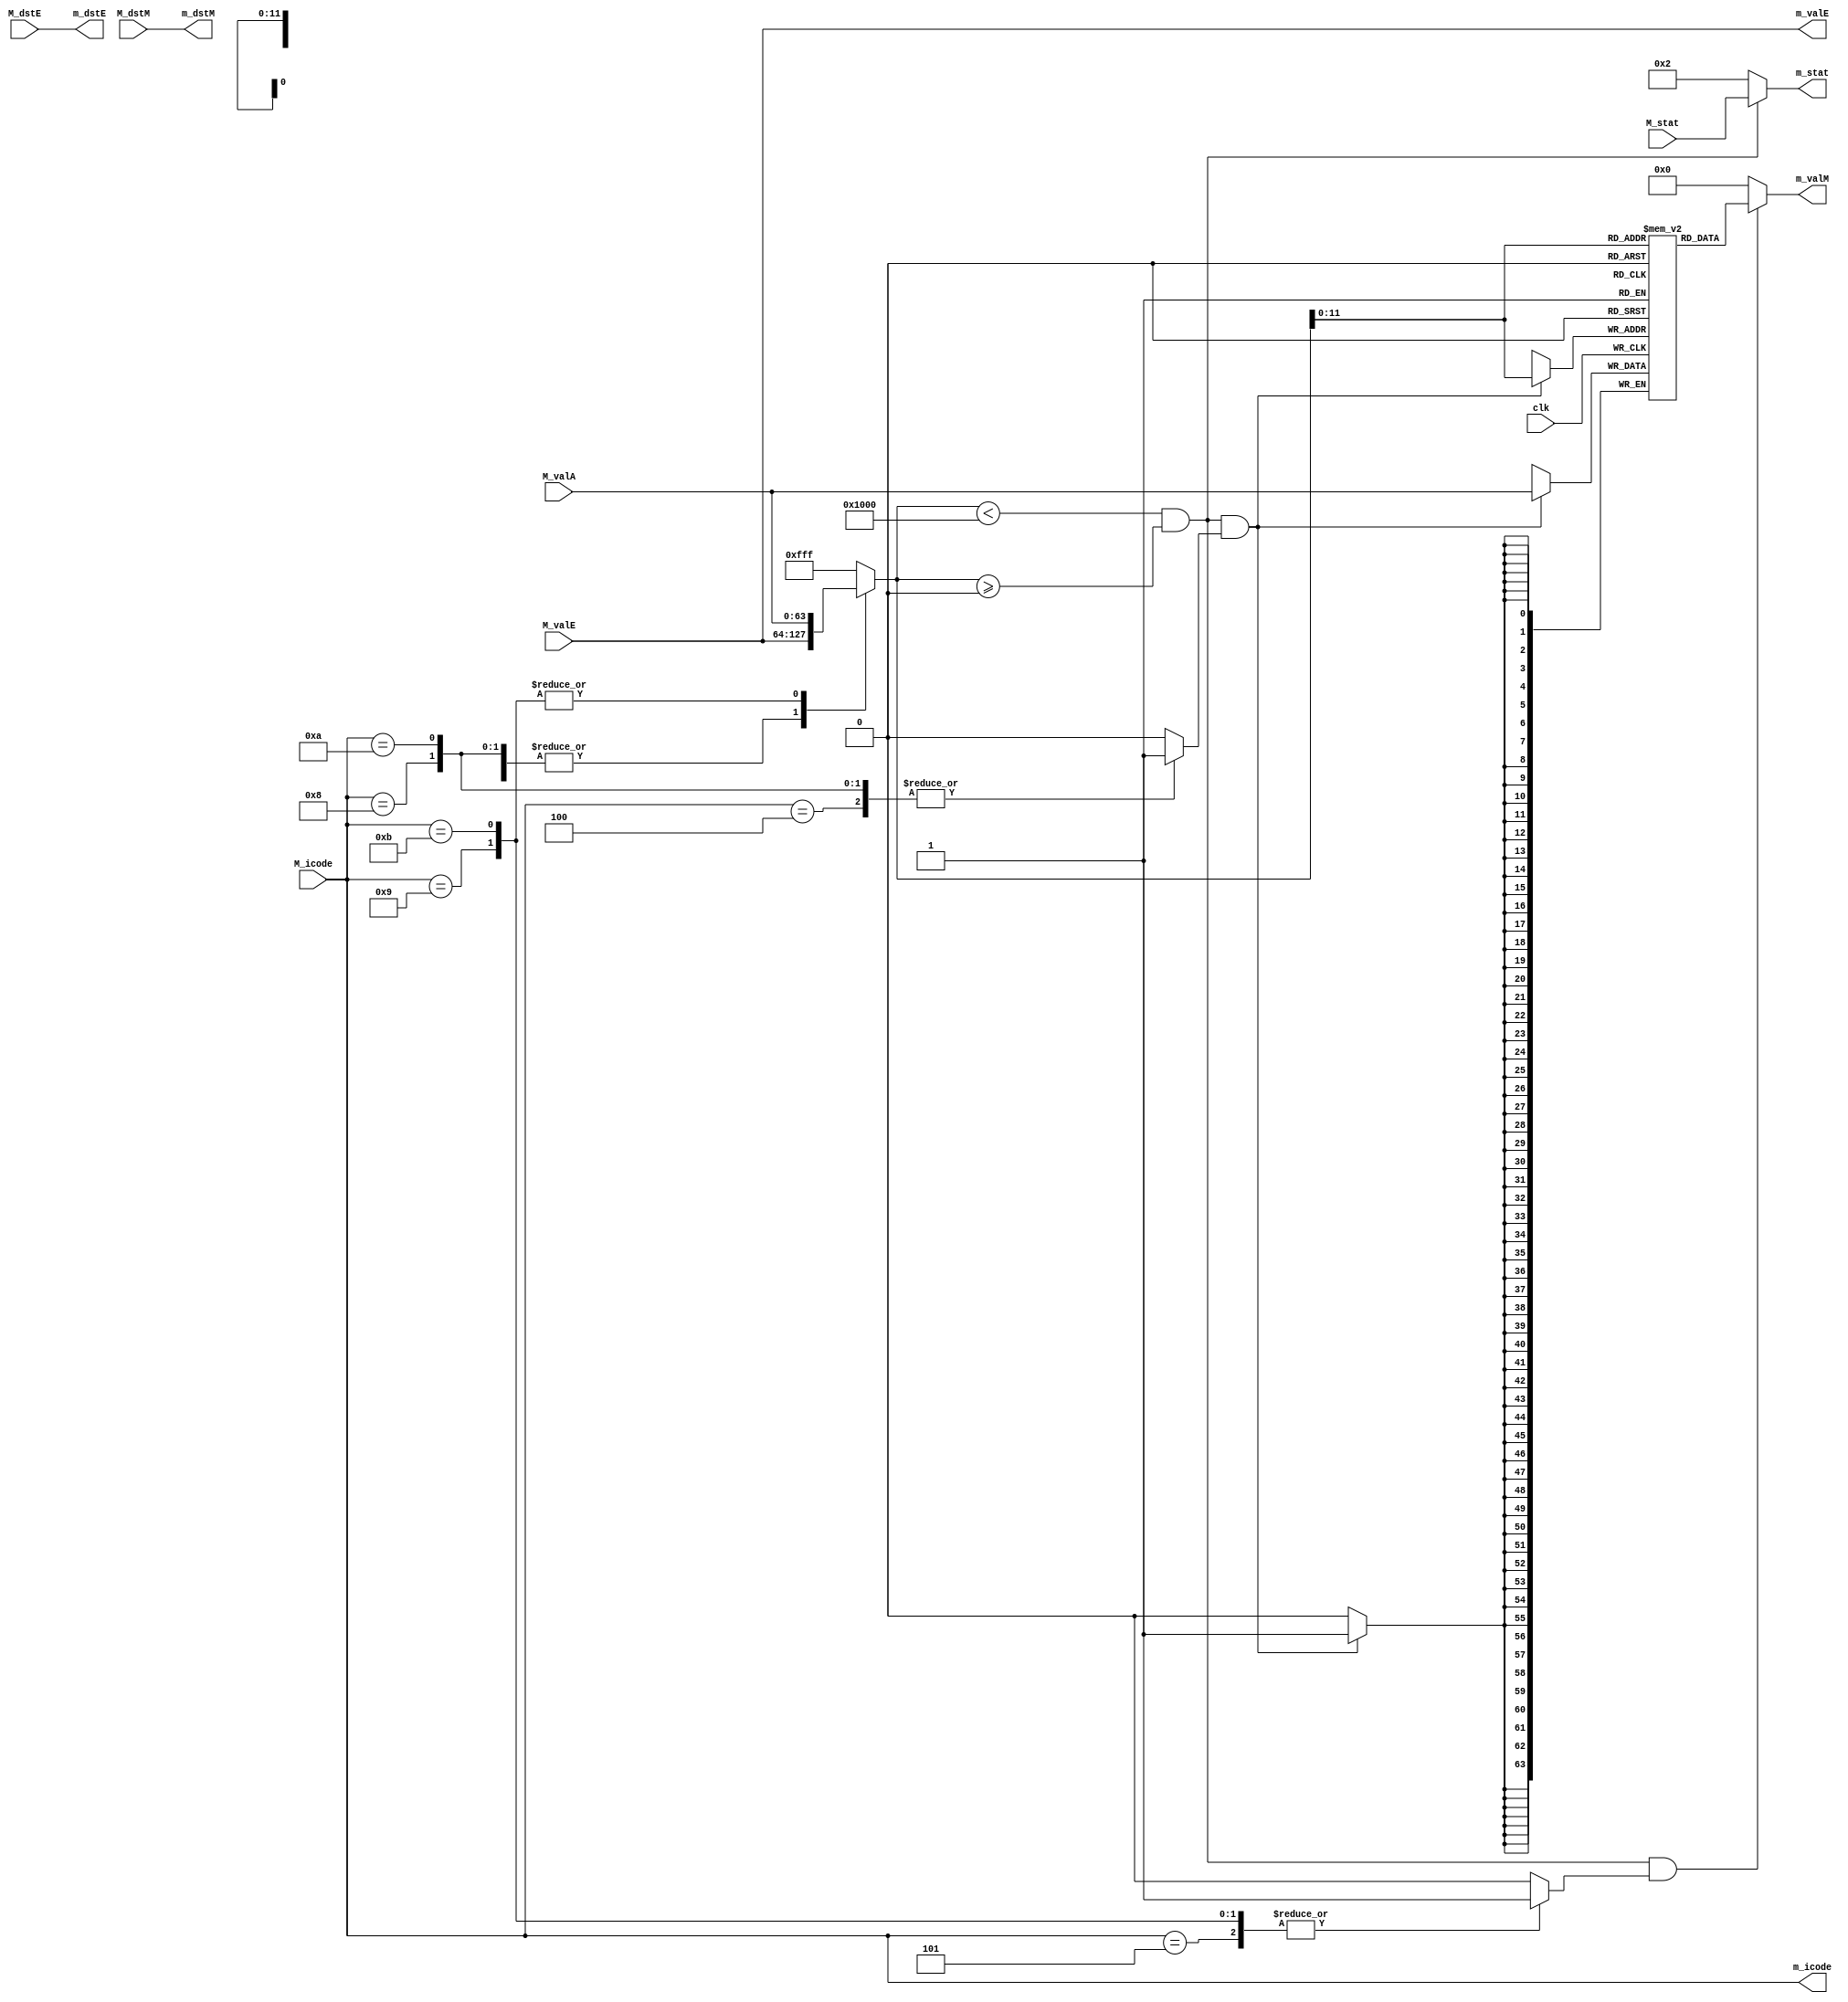
module memory(clk, M_stat, M_icode, M_valE, M_valA, M_dstE, M_dstM,
              m_stat, m_icode, m_valE, m_valM, m_dstE, m_dstM);
              
    input clk;

    // Inputs
    input [3:0] M_stat;
    input [3:0] M_icode;
    input signed [63:0] M_valE, M_valA;
    input [3:0] M_dstE, M_dstM;

    // Outputs
    output reg[3:0] m_stat;
    output reg[3:0] m_icode;
    output reg signed[63:0] m_valE, m_valM;
    output reg[3:0] m_dstE, m_dstM;

    // Initiating data memory
    reg [63:0] Data_Mem[0:4095];
    integer i;

    initial begin
        for (i = 0; i < 4096; i = i+1) 
        begin
            Data_Mem[i] <= 0;
        end

        $dumpvars(0, Data_Mem[0], Data_Mem[1], Data_Mem[2], Data_Mem[3], Data_Mem[4], Data_Mem[5], Data_Mem[6], Data_Mem[7], Data_Mem[8]);
    end

    // No change wires
    always @(*) 
    begin    
        m_icode <= M_icode;
        m_valE  <= M_valE;
        m_dstE  <= M_dstE;
        m_dstM  <= M_dstM;
    end

    // Mem_write block
    reg Mem_write;

    always @(*) 
    begin
        case (m_icode)
            4'h4:   Mem_write <= 1;
            4'h8:   Mem_write <= 1;
            4'hA:   Mem_write <= 1;
            default:Mem_write <= 0; 
        endcase
    end

    // Mem_read block
    reg Mem_read;

    always @(*) 
    begin
        case (m_icode)
            4'h5:   Mem_read <= 1;
            4'h9:   Mem_read <= 1;
            4'hB:   Mem_read <= 1;
            default:Mem_read <= 0; 
        endcase
    end

    // Selecting Address
    reg [63:0] m_addr;

    always @(*) 
    begin
        case (m_icode)
            4'h4:   m_addr <= m_valE;
            4'h5:   m_addr <= m_valE;
            4'h8:   m_addr <= m_valE;
            4'h9:   m_addr <= M_valA;
            4'hA:   m_addr <= m_valE;
            4'hB:   m_addr <= M_valA;
            default:m_addr <= 4095; 
        endcase
    end

    // Checking memory error
    reg dmem_error;     // Memory error flag

    always @(*) 
    begin
        if (m_addr < 4096 && m_addr >= 0) 
            begin
                dmem_error <= 0;
            end
        else 
            begin
                dmem_error <= 1;
            end
    end

    wire [63:0] m_data_in;

    assign m_data_in = M_valA;

    // Writing back to memory
    always @(posedge clk) 
    begin
        if (dmem_error == 0 && Mem_write == 1) 
            begin
                Data_Mem[m_addr] <= m_data_in;
            end
    end

    // Reading from memory
    always @(*) 
    begin
        if (dmem_error == 0 && Mem_read == 1) 
            begin
                m_valM <= Data_Mem[m_addr];
            end
        else 
            begin
                m_valM <= 0;
            end
    end

    // m_stat
    always @(*) 
    begin        
        if (dmem_error == 1) 
            begin
                m_stat <= 4'b0010;
            end 
        else 
            begin
                m_stat <= M_stat;
            end
    end

endmodule